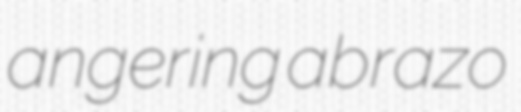
angering abrazo